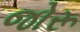
જોરૂ